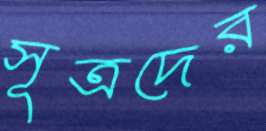
সূত্রদের